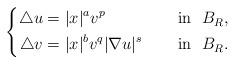
LaTeX: \begin{align*}\left\{\begin{aligned}\triangle u&=|x|^av^p &&\quad\mbox{ in }\ B_{R}, \\\triangle v&=|x|^{b}v^q|\nabla u|^{s} &&\quad\mbox{ in }\ B_{R}.\end{aligned}\right.\end{align*}